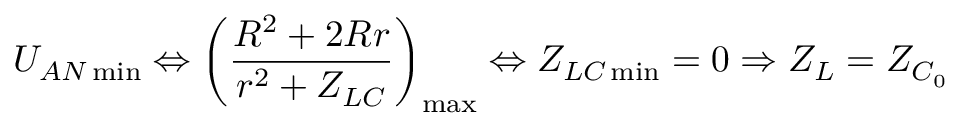
U _ { A N \operatorname* { m i n } } \Leftrightarrow \left( \frac { R ^ { 2 } + 2 R r } { r ^ { 2 } + Z _ { L C } } \right) _ { \operatorname* { m a x } } \Leftrightarrow Z _ { L C \operatorname* { m i n } } = 0 \Rightarrow Z _ { L } = Z _ { C _ { 0 } }